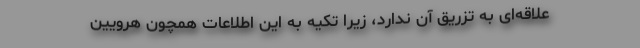
علاقه‌ای به تزریق آن ندارد، زیرا تکیه به این اطلاعات همچون هرویین